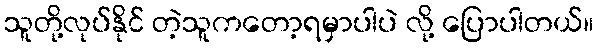
သူတို့လုပ်နိုင် တဲ့သူကတော့ရမှာပါပဲ လို့ ပြောပါတယ်။